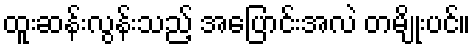
ထူးဆန်းလွန်းသည့် အပြောင်းအလဲ တမျိုးပင်။